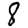
Digit: 8